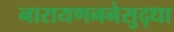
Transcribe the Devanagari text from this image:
नारायणननेसुद्धा